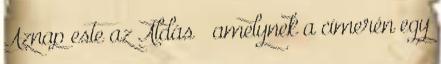
Aznap este az Áldás – amelynek a címerén egy